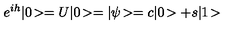
e ^ { i h } | 0 \! > = U | 0 \! > = | \psi \! > = c | 0 \! > + s | 1 \! >